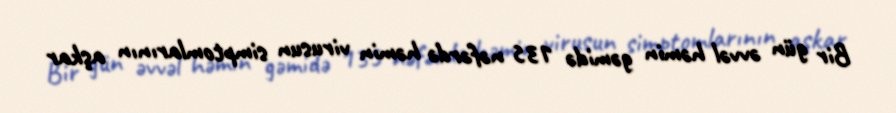
Bir gün əvvəl həmin gəmidə 135 nəfərdə həmin virusun simptomlarının aşkar